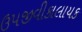
ઉપજીવીકાલાયક